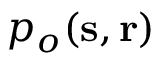
p _ { o } ( \mathbf { s } , \mathbf { r } )